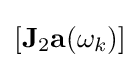
[\mathbf {J} _{2}\mathbf {a} (\omega _{k})]